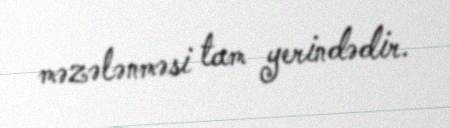
məzələnməsi tam yerindədir.